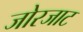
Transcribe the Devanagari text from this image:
जोरजाट